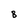
Character: B